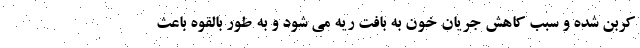
کربن شده و سبب کاهش جریان خون به بافت ریه می شود و به طور بالقوه باعث